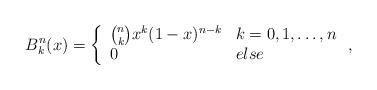
LaTeX: \begin{align*} B_{k}^{n}(x)=\left\{\begin{array}{ll}\binom {n}{k} x^{k}(1-x)^{n-k} & k=0,1,\dots,n \\0 & else\end{array}\right.,\end{align*}